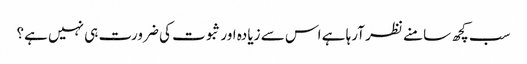
سب کچھ سامنے نظر آرہا ہے اس سے زیادہ اور ثبوت کی ضرورت ہی نہیں ہے؟